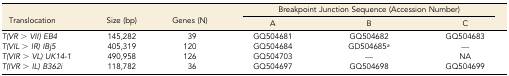
| <ROWSPAN=2> Translocation | <ROWSPAN=2> Size (bp) | <ROWSPAN=2> Genes (N) | <COLSPAN=3> Breakpoint Junction Sequence (Accession Number) |
 | A | B | C |
 | --- | --- | --- | --- | --- | --- |
 | T(VR > VII) EB4 | 145,282 | 39 | GQ504681 | GQ504682 | GQ504683 |
 | T(VIL > IR) IBj5 | 405,319 | 120 | GQ504684 | GD504685a | — |
 | T(VIR > VL) UK14-1 | 490,958 | 126 | GQ504703 | — | NA |
 | T(IVR > IL) B362i | 118,782 | 36 | GQ504697 | GQ504698 | GQ504699 |